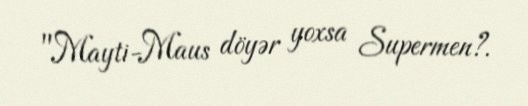
"Mayti-Maus döyər yoxsa Supermen?.